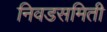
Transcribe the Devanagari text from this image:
निवडसमिती